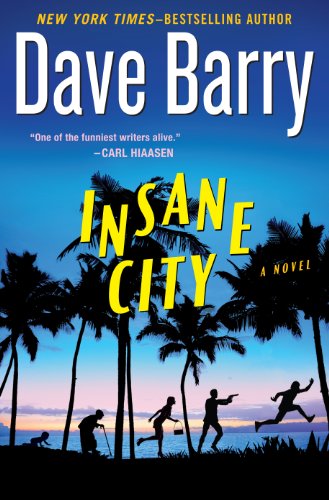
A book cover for Insane City (Wheeler Publishing Large Print Hardcover); Dave Barry; Literature & Fiction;